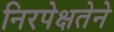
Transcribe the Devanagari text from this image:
निरपेक्षतेने